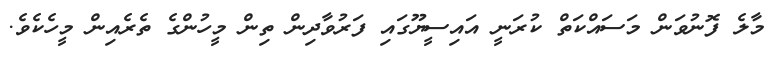
މާލެ ފޮނުވަން މަސައްކަތް ކުރަނީ އައިސީޔޫގައި ފަރުވާދިން ތިން މީހުންގެ ތެރެއިން މީހެކެވެ.